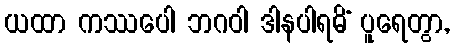
ယထာ ကဿပေါ ဘဂဝါ ဒါနပါရမိံ ပူရေတွာ,